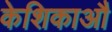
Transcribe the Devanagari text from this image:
केशिकाऔ